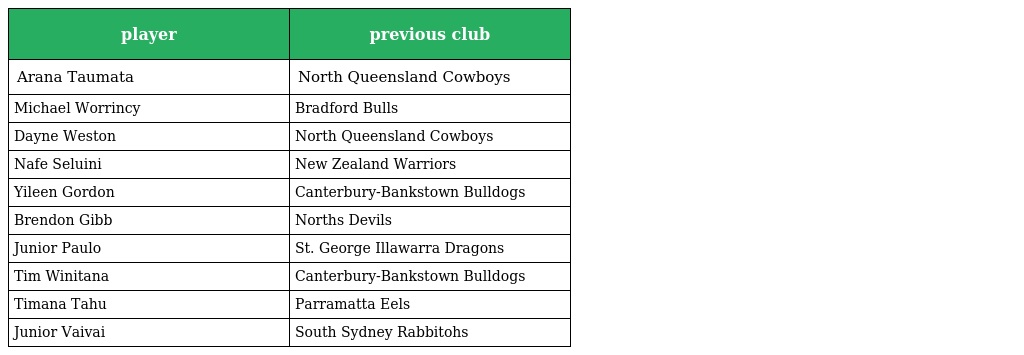
| player | previous club |
 | --- | --- |
 | Arana Taumata | North Queensland Cowboys |
 | Michael Worrincy | Bradford Bulls |
 | Dayne Weston | North Queensland Cowboys |
 | Nafe Seluini | New Zealand Warriors |
 | Yileen Gordon | Canterbury-Bankstown Bulldogs |
 | Brendon Gibb | Norths Devils |
 | Junior Paulo | St. George Illawarra Dragons |
 | Tim Winitana | Canterbury-Bankstown Bulldogs |
 | Timana Tahu | Parramatta Eels |
 | Junior Vaivai | South Sydney Rabbitohs |